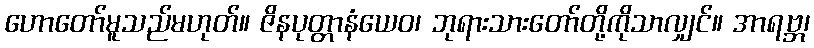
ဟောတော်မူသည်မဟုတ်။ ဇိနပုတ္တာနံယေဝ၊ ဘုရားသားတော်တို့ကိုသာလျှင်။ အာရဗ္ဘ၊